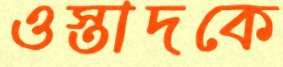
ওস্তাদকে